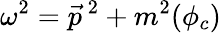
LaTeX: \omega^{2}=\vec{p}^{\ 2}+m^{2}(\phi_{c})